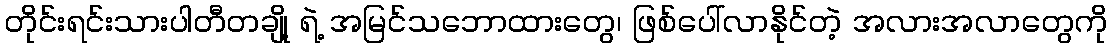
တိုင်းရင်းသားပါတီတချို့ ရဲ့ အမြင်သဘောထားတွေ၊ ဖြစ်ပေါ်လာနိုင်တဲ့ အလားအလာတွေကို